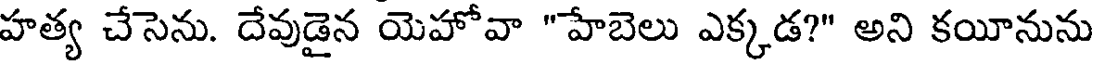
హత్య చేసెను. దేవుడైన యెహోవా "హేబెలు ఎక్కడ?" అని కయీనును